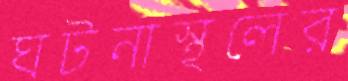
ঘটনাস্থলের